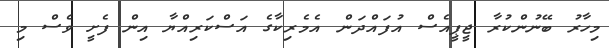
މިހާރު ބޭނުންކުރާ ޖީޕީއެސް އުފައްދަން އެމެރިކާގެ އަސްކަރިއްޔާ އިން ފެށީ ވެސް މި